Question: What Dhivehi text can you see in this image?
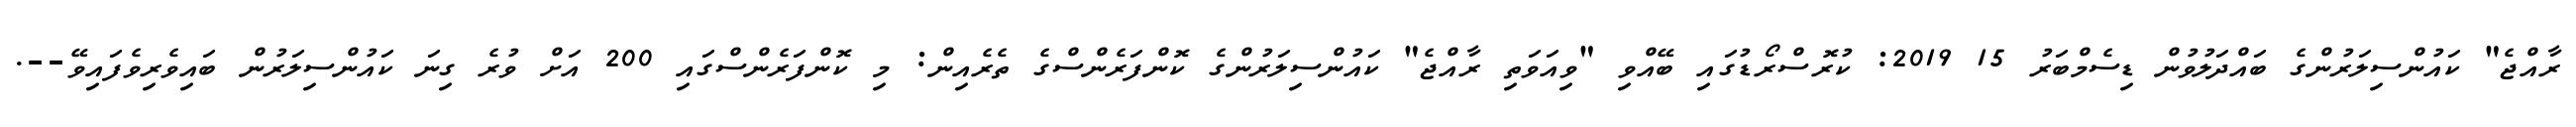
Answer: ރާއްޖެ" ކައުންސިލަރުންގެ ބައްދަލުވުން ޑިސެމްބަރު 15 2019: ކުރޮސްރޯޑުގައި ބޭއްވި "ވިއަވަތި ރާއްޖެ" ކައުންސިލަރުންގެ ކޮންފަރެންސްގެ ތެރެއިން: މި ކޮންފަރެންސްގައި 200 އަށް ވުރެ ގިނަ ކައުންސިލަރުން ބައިވެރިވެފައިވޭ--.